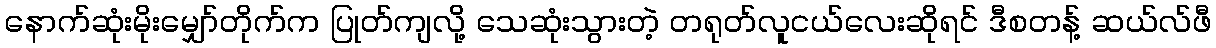
နောက်ဆုံးမိုးမျှော်တိုက်က ပြုတ်ကျလို့ သေဆုံးသွားတဲ့ တရုတ်လူငယ်လေးဆိုရင် ဒီစတန့် ဆယ်လ်ဖီ